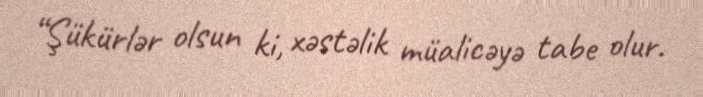
“Şükürlər olsun ki, xəstəlik müalicəyə tabe olur.